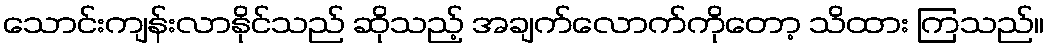
သောင်းကျန်းလာနိုင်သည် ဆိုသည့် အချက်လောက်ကိုတော့ သိထား ကြသည်။